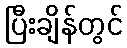
ပြီးချိန်တွင်